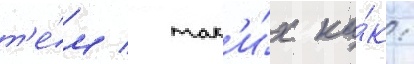
т'е́м / так'и́х ка́к: